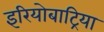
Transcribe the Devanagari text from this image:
इरियोबाट्रिया